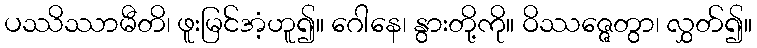
ပဿိဿာမီတိ၊ ဖူးမြင်အံ့ဟူ၍။ ဂေါနေ၊ နွားတို့ကို။ ဝိဿဇ္ဇေတွာ၊ လွှတ်၍။